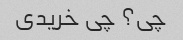
چی؟ چی خریدی